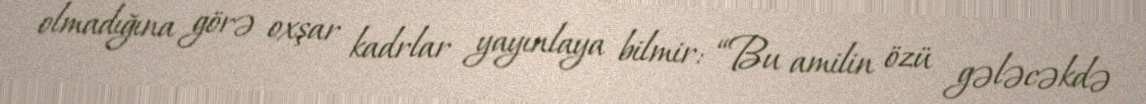
olmadığına görə oxşar kadrlar yayınlaya bilmir: “Bu amilin özü gələcəkdə